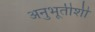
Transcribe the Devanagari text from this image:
अनुभूतीशी